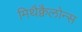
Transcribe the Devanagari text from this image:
मिथैक्वैलोन्स